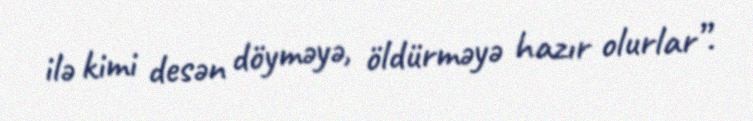
ilə kimi desən döyməyə, öldürməyə hazır olurlar”.